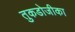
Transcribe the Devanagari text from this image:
तुकडोजीका